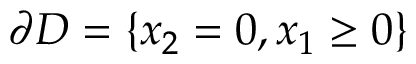
\partial D = \{ x _ { 2 } = 0 , x _ { 1 } \geq 0 \}